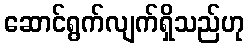
ဆောင်ရွက်လျက်ရှိသည်ဟု